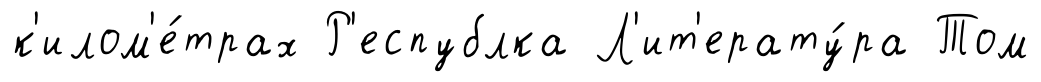
к'илом'е́трах Р'еспублка Л'ит'ерату́ра Том